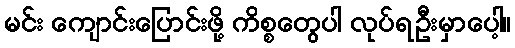
မင်း ကျောင်းပြောင်းဖို့ ကိစ္စတွေပါ လုပ်ရဦးမှာပေါ့။